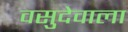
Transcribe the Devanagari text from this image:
वसुदेवाला